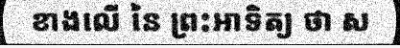
ខាងលើ នៃ ព្រះអាទិត្យ ថា ស